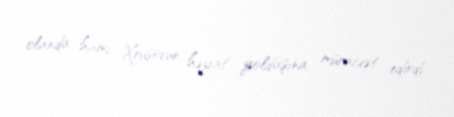
olanda hamı Xruşovun həyat yoldaşına müraciət edirdi.